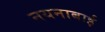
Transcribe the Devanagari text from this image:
नयनाबाई